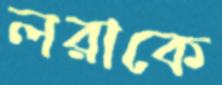
লরাকে